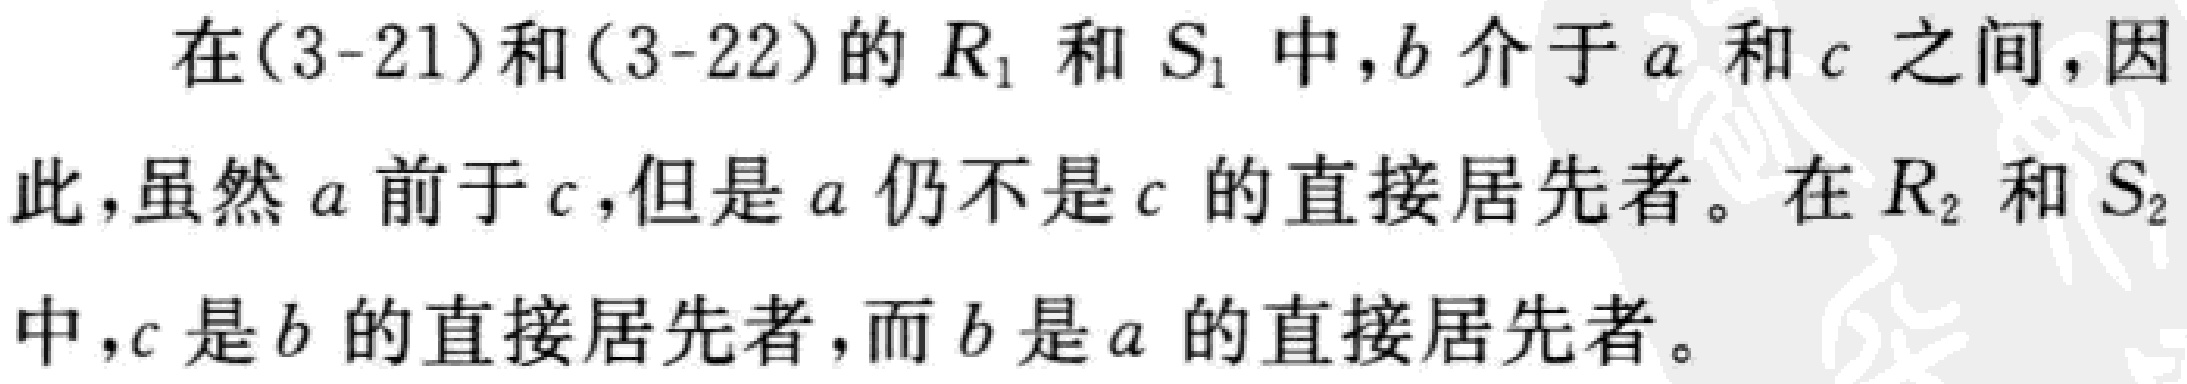
在(3-21)和(3-22)的 \(R_{1}\) 和 \(S_{1}\) 中，\(b\) 介于 \(a\) 和 \(c\) 之间，因此，虽然 \(a\) 前于 \(c\)，但是 \(a\) 仍不是 \(c\) 的直接居先者。在 \(R_{2}\) 和 \(S_{2}\) 中，\(c\) 是 \(b\) 的直接居先者，而 \(b\) 是 \(a\) 的直接居先者。